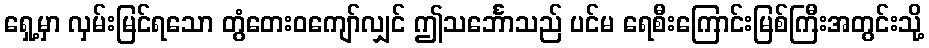
ရှေ့မှာ လှမ်းမြင်ရသော တွံတေးဝကျော်လျှင် ဤသင်္ဘောသည် ပင်မ ရေစီးကြောင်းမြစ်ကြီးအတွင်းသို့